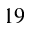
1 9